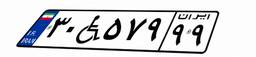
۳۰W۵۷۹۹۹